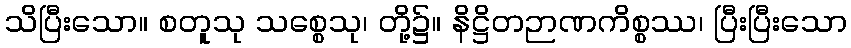
သိပြီးသော။ စတူသု သစ္စေသု၊ တို့၌။ နိဋ္ဌိတဉာဏကိစ္စဿ၊ ပြီးပြီးသော